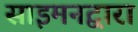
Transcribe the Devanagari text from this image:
साइमनद्वारा